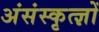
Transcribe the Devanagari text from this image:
अंसंस्कृत्ज्ञों